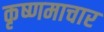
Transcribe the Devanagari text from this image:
कृष्णमाचार